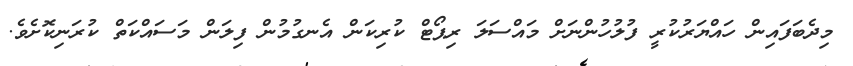
މިދެބަފައިން ހައްޔަރުކުރީ ފުލުހުންނަށް މައްސަލަ ރިޕޯޓް ކުރިކަން އެނގުމުން ފިލަން މަސައްކަތް ކުރަނިކޮށެވެ.